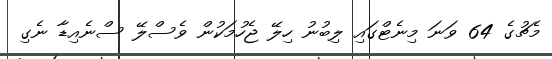
މެޗުގެ 64 ވަނަ މިނެޓްގައި ލިބުނު ހިލޭ ޖެހުމަކުން ވެސްލޭ ސްނެއިޑާ ނެގި